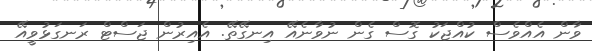
ވާން އެއްވެސް ކުއްޖަކު ގޮސް ގެން ނުވާނެއޭ އިނގޭތޭ. އެއިރުން ޖަސްޓް ރަނގަޅުވީއޭ